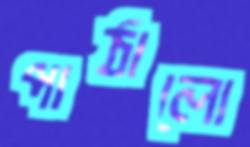
পাঠালো